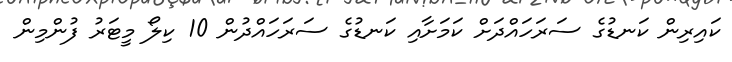
ކައިރިން ކަނޑުގެ ސަރަހައްދަށް ކަމަށާއި ކަނޑުގެ ސަރަހައްދުން 10 ކިލޯ މީޓަރު ފުންމިން